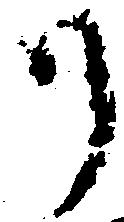
り